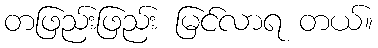
တဖြည်းဖြည်း မြင်လာရ တယ်။